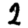
Digit: 2